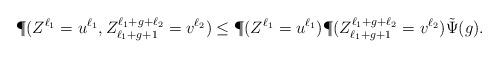
LaTeX: \begin{align*}\P(Z^{\ell_1}=u^{\ell_1},Z_{\ell_1+g+1}^{\ell_1+g+\ell_2}=v^{\ell_2})\leq \P(Z^{\ell_1}=u^{\ell_1})\P(Z_{\ell_1+g+1}^{\ell_1+g+\ell_2}=v^{\ell_2})\tilde{\Psi}(g).\end{align*}